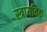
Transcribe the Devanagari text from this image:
स्त्रायविक